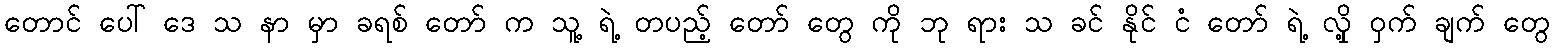
တောင် ပေါ် ဒေ သ နာ မှာ ခရစ် တော် က သူ့ ရဲ့ တပည့် တော် တွေ ကို ဘု ရား သ ခင် နိုင် ငံ တော် ရဲ့ လှို့ ဝှက် ချက် တွေ